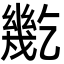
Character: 𢇓